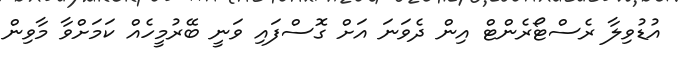
އުޑުވިލާ ރެސްޓޯރެންޓް އިން ދެވަނަ އަށް ގޮސްފައި ވަނީ ބޭރުމީހެއް ކަމަށްވާ މާވިން